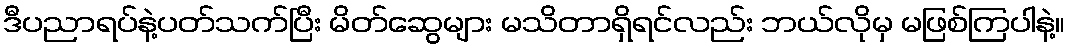
ဒီပညာရပ်နဲ့ပတ်သက်ပြီး မိတ်ဆွေများ မသိတာရှိရင်လည်း ဘယ်လိုမှ မဖြစ်ကြပါနဲ့။